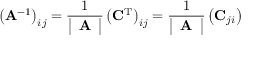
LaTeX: \left( \mathbf { A } ^ { - 1 } \right) _ { i j } = { \frac { 1 } { \left| \begin{array} { l } { \mathbf { A } } \end{array} \right| } } \left( \mathbf { C } ^ { \mathrm { T } } \right) _ { i j } = { \frac { 1 } { \left| \begin{array} { l } { \mathbf { A } } \end{array} \right| } } \left( \mathbf { C } _ { j i } \right)